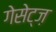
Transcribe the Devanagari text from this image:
गेसेट्ज़